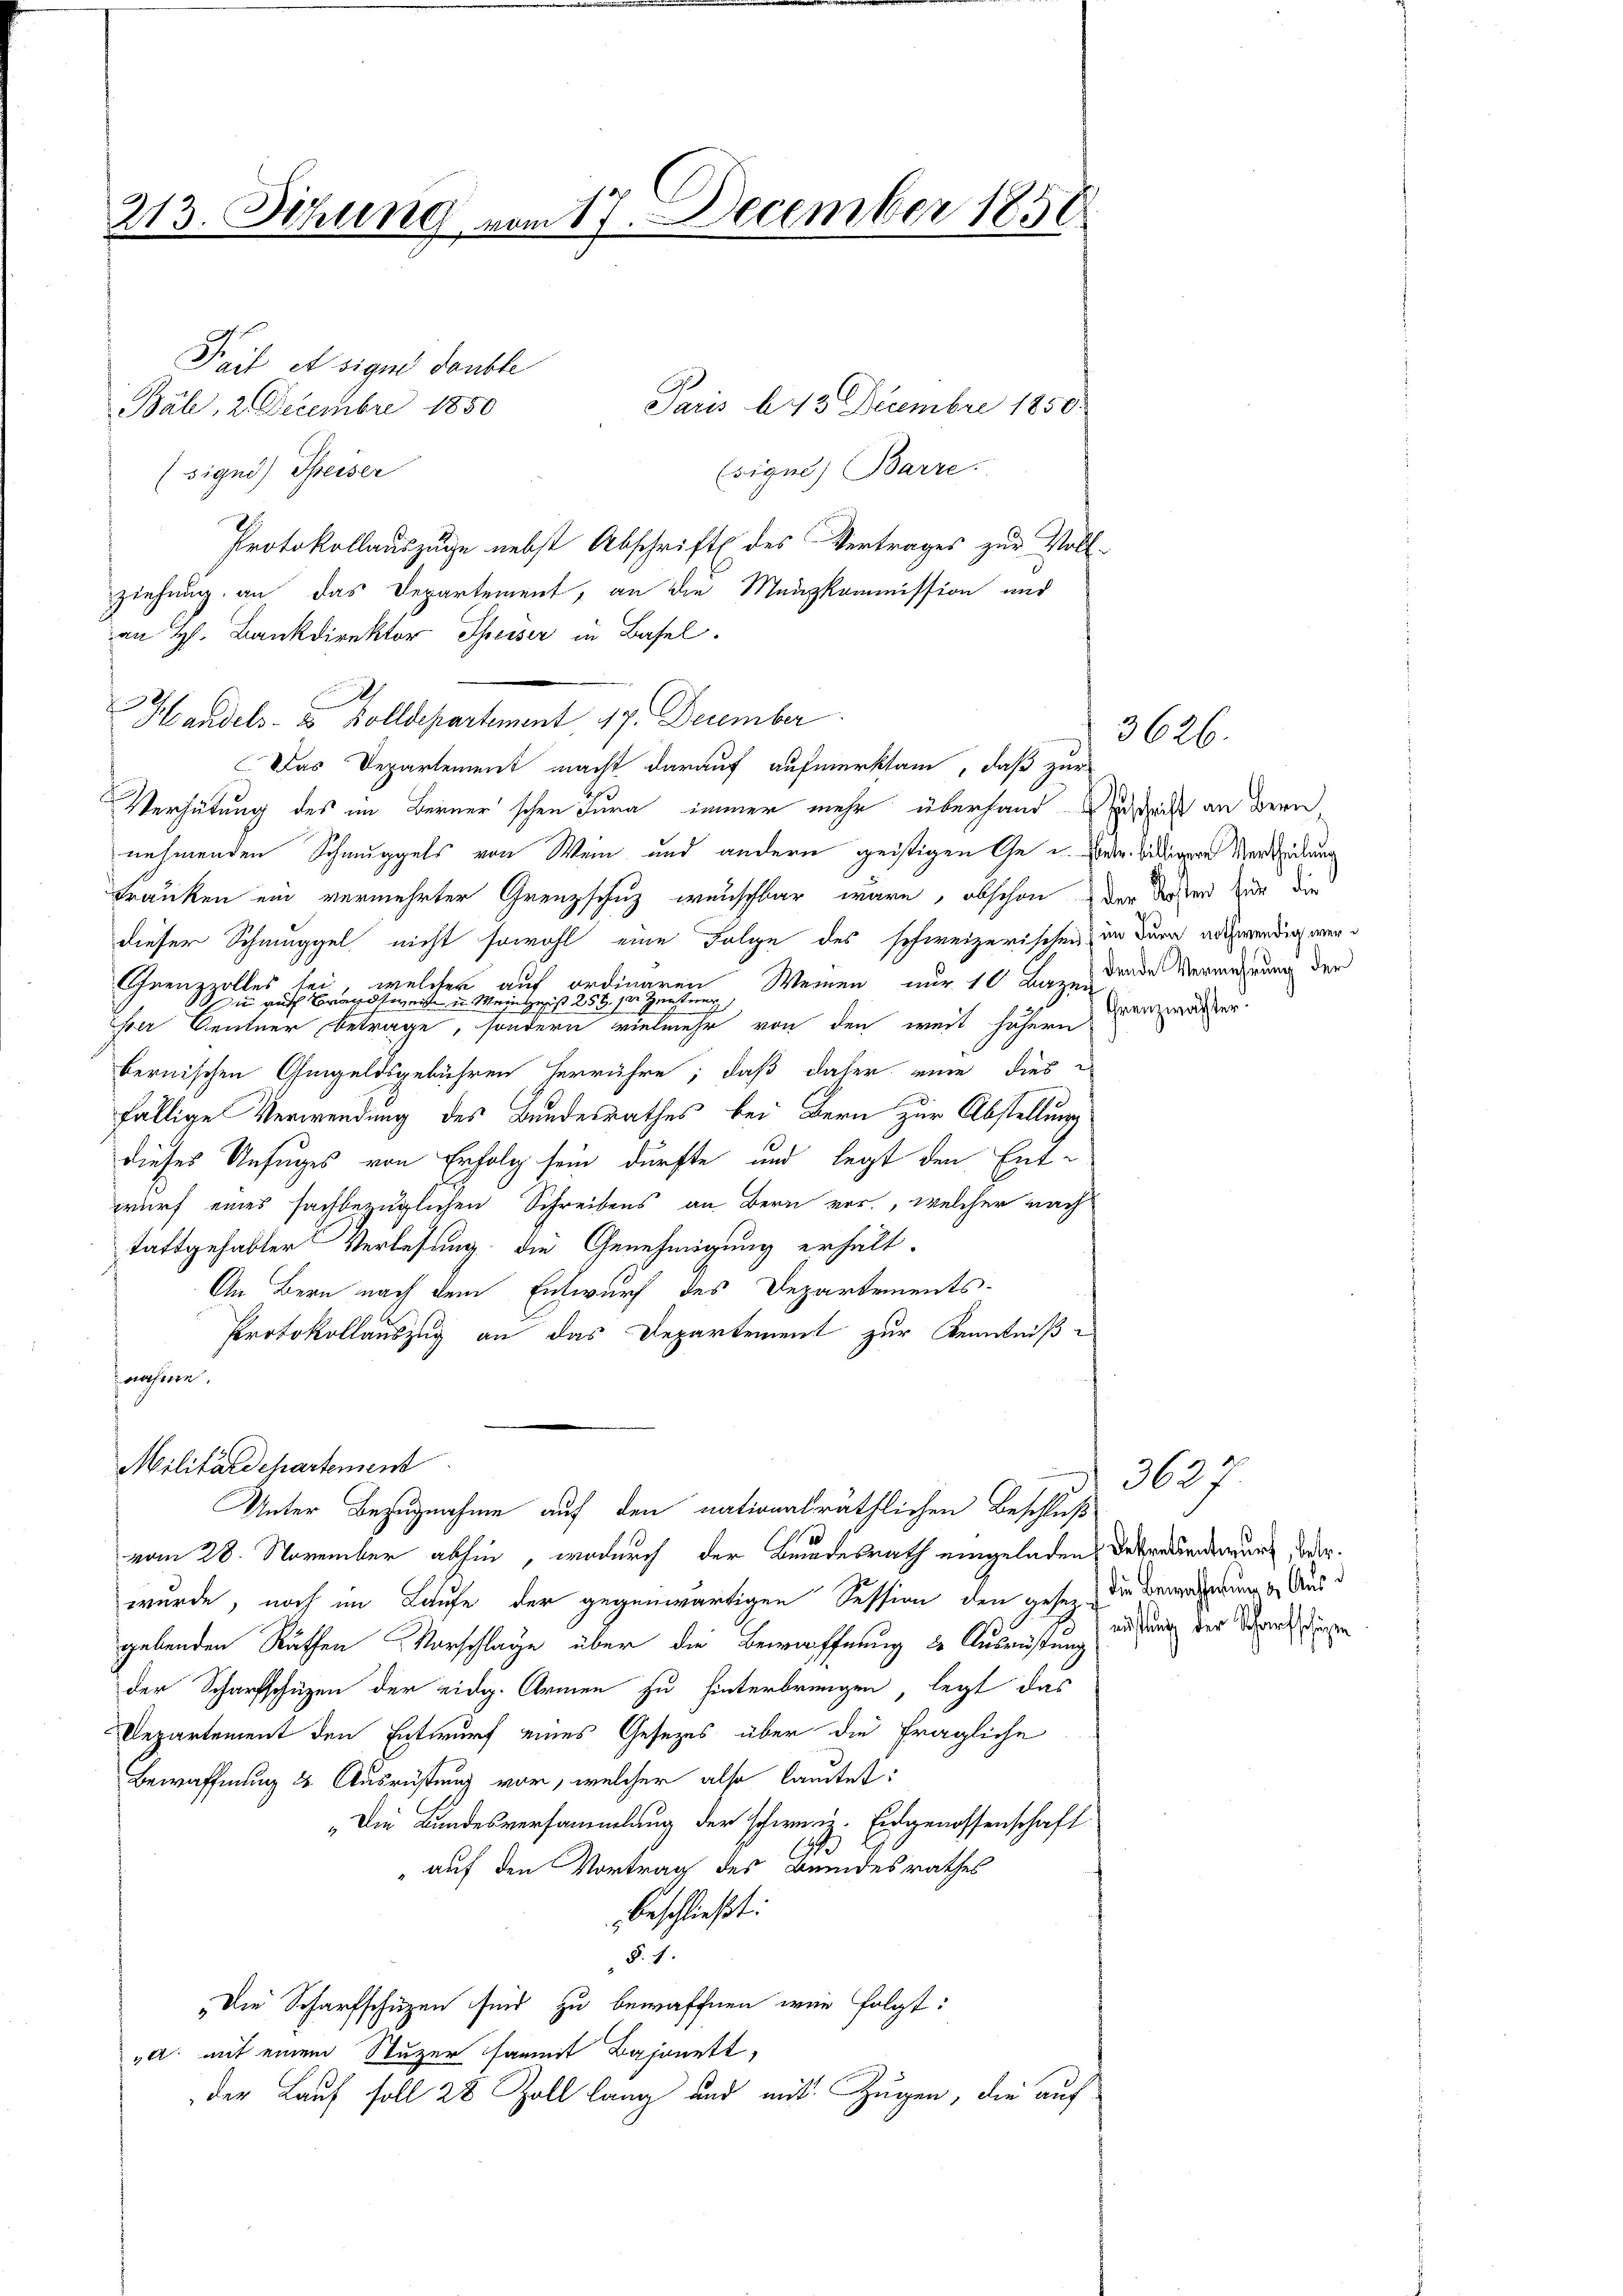
213. Sitzung vom 17. December 1858

Pait et signe double
Paris 13 Decembre 1850.
Bál, 2 Decembre 1850
sique) Barre.
(signi) Speiser
Protokollauszuge nebst Abschrift des Vertrages zur Voll-
ziehung an das Departement, an die Menzkommission und
an H. Bankdirektor Speiser in Basel.
Handels- & Zolldepartement 17. December
Das Departement macht darauf aufmerksam, daß zur
Verhütung des im Berner'schen Jura immer mehr überhand uschrift an Bern,
nehmenden Schmuggels von Wein und andern geistigen Ge u. sie beidigere Verdachung
Franken ein vermehrter Grenzschuz wunschbar wäre, obschon der dieser zur die
dieser Schmuggel nicht sowohl eine Folge des schweizerischen in dern anwendig wer¬
Grenzzolles sei, welcher auf ordinaren Weinen nur 10 Lazendende Vermehrung der
Die auf Brandsweise u. Meinleist 258. 10. Zentner,
per Centner betrage, sondern vielmehr von den weit höhern
bernischen Gugeldsgebühren herrühre; daß daher eine dies
fällige Verwendung des Bundesrathes bei Bern zur Abstellung
dieses Unfuges von Erfolg sein dürfte und legt den Ent-
wurf eines fachbezüglichen Schreibens an Bern vor, welcher nach
tattgehabter Verlesung, die Genehmigung erhält-
An Bern nach dem Entwurf des Departements-
Protokollauszug an das Departement zur Kenntniß
nahme.
Militärdepartement
Unter Bezugnahme auf den nationalräthlichen Beschluß
vom 28. November abhin, wodurch der Bundesrath eingeladen, betreuerndeurs, oder
wurde, noch im Laufe der gegenwärtigen Session den gesezt die Bewohnung der Ausgebenden Räthen Vorschlage über die Bewaffnung der Ausrüstung ausung der Scheidungen
der Scharfschüzen der eidg. Armen zu hinterbringen, legt das
Departement den Entwurf eines Gesezes über die fragliche
Bewaffnung & Ausrüstung vor, welcher also lautet:
„Die Bundesversammlung der schwere. Eidgenossenschaft
179
„auf den Vortrag des Bundesrathes
beschließt:
§. 7.
„Die Scharfschüzen sind zu bewaffnen wir folgt:
„a. mit einem Stutzer sammt Bajonett,
der Lauf soll 28 Zoll lang und mit Zugen, die auf

3626.

Chrenzwachter

363